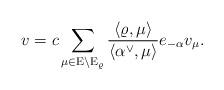
LaTeX: \begin{align*}v = c \sum \limits_{\mu \in \mathrm E \setminus \mathrm E_\varrho} \frac{\langle \varrho, \mu \rangle}{\langle \alpha^\vee, \mu \rangle} e_{-\alpha}v_\mu.\end{align*}